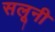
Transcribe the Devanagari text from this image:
सलूनी